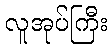
လူအုပ်ကြီး